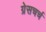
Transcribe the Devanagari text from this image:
ग्रेसचर्च